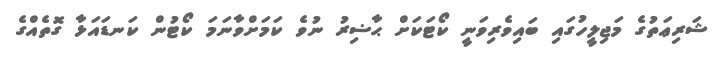
ޝަރިޢަތުގެ މަޖިލީހުގައި ބައިވެރިވަނީ ކޯޓަކަށް ޙާޟިރު ނުވެ ކަމަށްވާނަމަ ކޯޓުން ކަނޑައަޅާ ގޮތެއްގެ